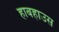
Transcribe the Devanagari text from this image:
हाबहाउस